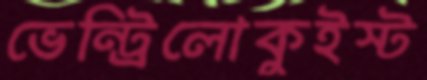
ভেন্ট্রিলোকুইস্ট